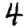
Digit: 4